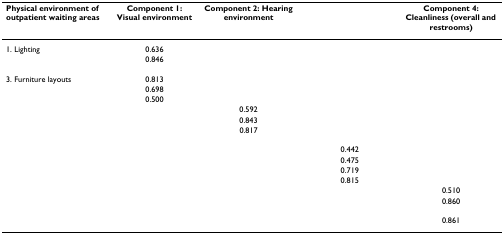
<table><thead><tr><td><b>Physical environment of outpatient waiting areas</b></td><td><b>Component 1: Visual environment</b></td><td><b>Component 2: Hearing environment</b></td><td>[EMPTY_CELL]</td><td><b>Component 4: Cleanliness (overall and restrooms)</b></td></tr></thead><tbody><tr><td>1. Lighting</td><td>0.636</td><td>[EMPTY_CELL]</td><td>[EMPTY_CELL]</td><td>[EMPTY_CELL]</td></tr><tr><td>[EMPTY_CELL]</td><td>0.846</td><td>[EMPTY_CELL]</td><td>[EMPTY_CELL]</td><td>[EMPTY_CELL]</td></tr><tr><td>3. Furniture layouts</td><td>0.813</td><td>[EMPTY_CELL]</td><td>[EMPTY_CELL]</td><td>[EMPTY_CELL]</td></tr><tr><td>[EMPTY_CELL]</td><td>0.698</td><td>[EMPTY_CELL]</td><td>[EMPTY_CELL]</td><td>[EMPTY_CELL]</td></tr><tr><td>[EMPTY_CELL]</td><td>0.500</td><td>[EMPTY_CELL]</td><td>[EMPTY_CELL]</td><td>[EMPTY_CELL]</td></tr><tr><td>[EMPTY_CELL]</td><td>[EMPTY_CELL]</td><td>0.592</td><td>[EMPTY_CELL]</td><td>[EMPTY_CELL]</td></tr><tr><td>[EMPTY_CELL]</td><td>[EMPTY_CELL]</td><td>0.843</td><td>[EMPTY_CELL]</td><td>[EMPTY_CELL]</td></tr><tr><td>[EMPTY_CELL]</td><td>[EMPTY_CELL]</td><td>0.817</td><td>[EMPTY_CELL]</td><td>[EMPTY_CELL]</td></tr><tr><td>[EMPTY_CELL]</td><td>[EMPTY_CELL]</td><td>[EMPTY_CELL]</td><td>0.442</td><td>[EMPTY_CELL]</td></tr><tr><td>[EMPTY_CELL]</td><td>[EMPTY_CELL]</td><td>[EMPTY_CELL]</td><td>0.475</td><td>[EMPTY_CELL]</td></tr><tr><td>[EMPTY_CELL]</td><td>[EMPTY_CELL]</td><td>[EMPTY_CELL]</td><td>0.719</td><td>[EMPTY_CELL]</td></tr><tr><td>[EMPTY_CELL]</td><td>[EMPTY_CELL]</td><td>[EMPTY_CELL]</td><td>0.815</td><td>[EMPTY_CELL]</td></tr><tr><td>[EMPTY_CELL]</td><td>[EMPTY_CELL]</td><td>[EMPTY_CELL]</td><td>[EMPTY_CELL]</td><td>0.510</td></tr><tr><td>[EMPTY_CELL]</td><td>[EMPTY_CELL]</td><td>[EMPTY_CELL]</td><td>[EMPTY_CELL]</td><td>0.860</td></tr><tr><td>[EMPTY_CELL]</td><td>[EMPTY_CELL]</td><td>[EMPTY_CELL]</td><td>[EMPTY_CELL]</td><td>0.861</td></tr></tbody></table>